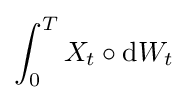
\int _{0}^{T}X_{t}\circ \mathrm {d} W_{t}